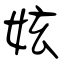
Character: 妶